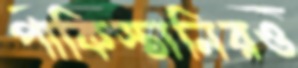
পাকিস্তানিরও